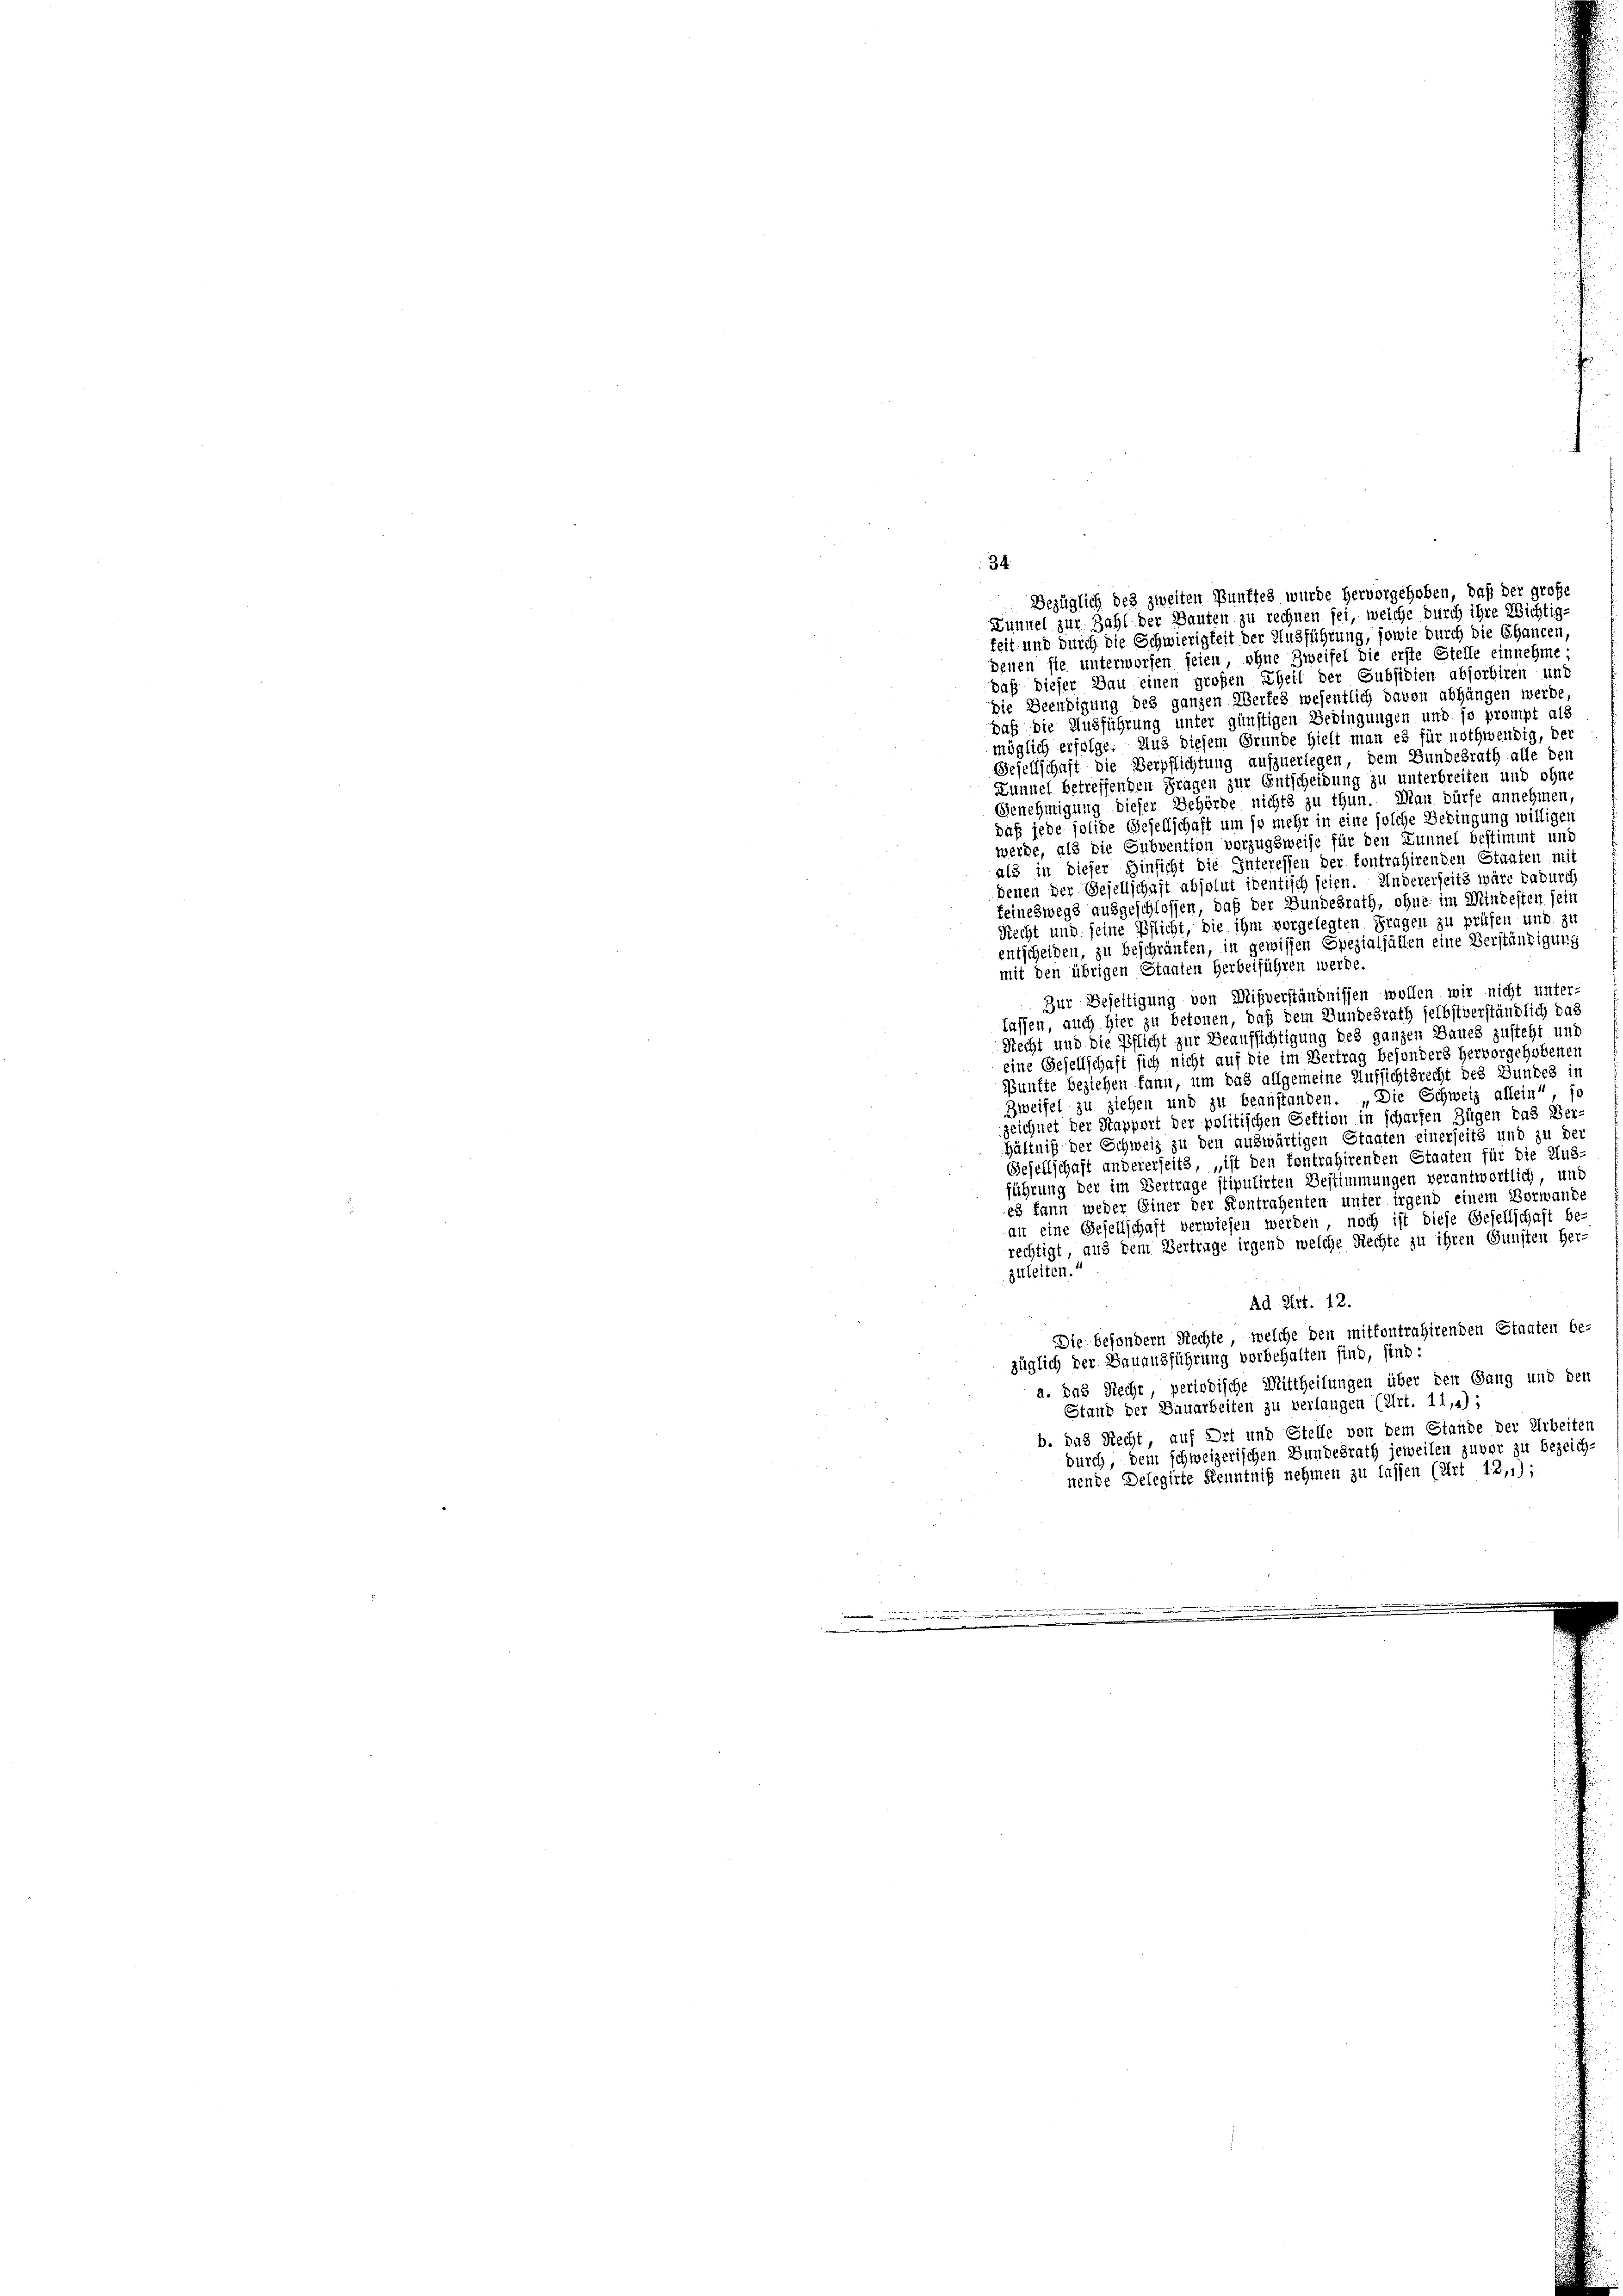
keit und durch die Schwierigkeit der Ausführung, sowie durch die Chancen,
denen sie unterworfen seien, ohne Zweifel die erste Stelle einnehme
daß dieser Bau einen großen Theil der Subsidien absorbiren und
pie Beendigung des ganzen Wertes wesentlich davon abhängen werde,
daß die Ausführung unter günstigen Bedingungen und so prompt als
möglich erfolge. Aus diesem Grunde hieft man es für nothwendig, der
Gesellschaft die Verpflichtung aufzuerlegen, dem Bundesrath alle den
Lunnel betreffenden Fragen zur Entscheidung zu unterbreiten und ohne
Genehmigung dieser Behörde nichts zu thun. Man dürfe annehmen,
daß jede solide Gesellschaft um so mehr in eine solche Bedingung willigen
werde, als die Subvention vorzugsweise für den Lunnel bestimmt und
als in dieser Hinsicht die Interessen der fontrahirenden Staaten mit
denen der Gesellschaft absolut identisch seien. Andererheits wäre dadurch
feineswegs ausgeschlossen, daß der Bundesrath, ohne im Mindesten sein
Recht und seine Pflicht, die ihm vorgelegten Fragen zu prüfen und zu
entscheiden, zu beschränken, in gewissen Spezialfällen eine Verständigung
mit den übrigen Staaten Herbeiführen werde.
Zur Beseitigung von Mißverständnissen wollen wir nicht unter-
lassen, auch hier zu betonen, daß dem Bundesrath selbstverständlich das
Recht und die Pflicht zur Beaufsichtigung des ganzen Baues zusteht und
eine Gesellschaft sich nicht auf die im Vertrag besonders hervorgehobenen
Bunfte beziehen kann, um das allgemeine Aufsichtsrecht des Bundes in
Zweifel zu ziehen und zu beanstanden. „Die Schweiz allein“, so
zeichnet der Stapport der politischen Sektion in scharfen Zügen das Ver-
hältniß der Schweiz zu den auswärtigen Staaten einerseits und zu der
Gesellschaft andererseits, „ist den Contrahirenden Estaaten für die 248.
führung der im Vertrage stiputirten Bestimmungen verantwortlich, und
es kann weder Einer der Kontrahenten unter irgend einem Vorwande
an eine Gesellschaft verwiesen werden, noch ist diese Gesellschaft be-
rechtigt, aus dem Vertrage irgend welche Rechte zu ihren Gunsten Her-
zuleiten.“
Ad Art. 12.
Die besondern Rechte, welche den mitkontrahirenden Staaten be-
züglich der Dauausführung vorbehalten sind, sind:
a. das Recht, periodische Mittheilungen über den Gang und den
Stand der Bauarbeiten zu verlangen (Art. 11,4);
b. das Recht, auf Ort und Stelle von dem Stande der Arbeiten
durch, dem schweizerischen Bundesrath jeweilen zuvor zu bezeich-
nende Delegirte Kenntniß nehmen zu lassen (Art 12,1);
.
.
n

34
Bezüglich des zweiten Punktes wurde hervorgehoben, daß der große
Lunnel zur Zahl der Bauten zu rechnen sei, welche durch ihre Richtig-